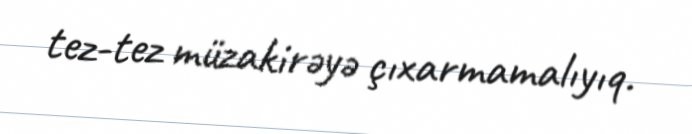
tez-tez müzakirəyə çıxarmamalıyıq.